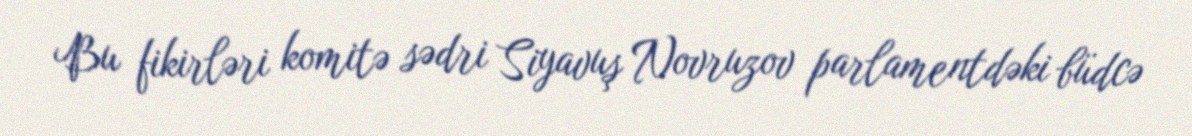
Bu fikirləri komitə sədri Siyavuş Novruzov parlamentdəki büdcə